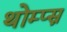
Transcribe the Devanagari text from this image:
थोम्प्स्न